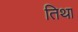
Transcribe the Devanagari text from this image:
तिथा